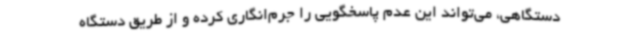
دستگاهی، می‌تواند این عدم پاسخگویی را جرم‌انگاری کرده و از طریق دستگاه